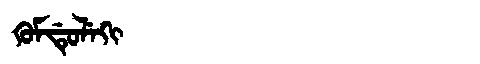
Manchu: ᡴᡠᠮᡩᡠᠯᡝᡴᡳ
Romanization: KUMDULEKI